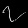
Digit: ၇